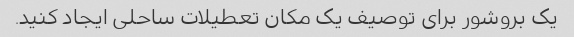
یک بروشور برای توصیف یک مکان تعطیلات ساحلی ایجاد کنید.